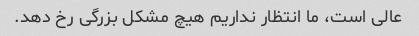
عالی است، ما انتظار نداریم هیچ مشکل بزرگی رخ دهد.